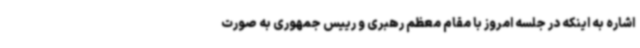
اشاره به اینکه در جلسه امروز با مقام معظم رهبری و رییس جمهوری به صورت